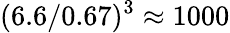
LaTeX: (6.6/0.67)^{3}\approx 1000